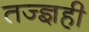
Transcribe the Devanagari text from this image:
तज्ज्ञही